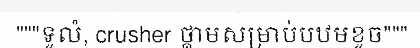
"""ទូលំ, crusher ថ្គាមសម្រាប់បឋមខូច"""